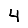
Digit: 4